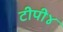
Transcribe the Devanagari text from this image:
टीपी४